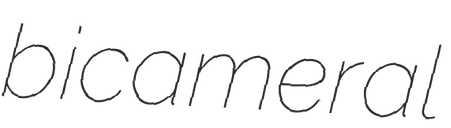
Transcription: bicameral